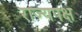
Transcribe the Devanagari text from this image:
राज्यपक्ष